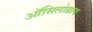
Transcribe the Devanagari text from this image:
ऑसिलोग्राफ